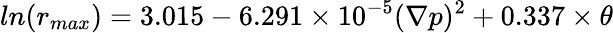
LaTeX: ln(r_{max})=3.015-6.291\times 10^{-5}(\nabla p)^{2}+0.337\times\theta